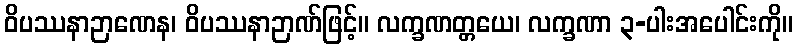
ဝိပဿနာဉာဏေန၊ ဝိပဿနာဉာဏ်ဖြင့်။ လက္ခဏတ္တယေ၊ လက္ခဏာ ၃-ပါးအပေါင်းကို။